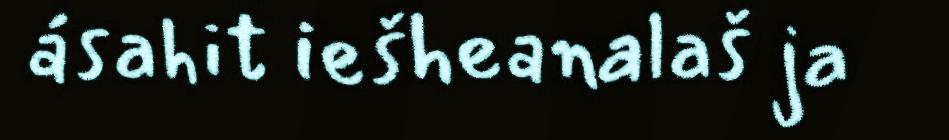
ásahit iešheanalaš ja